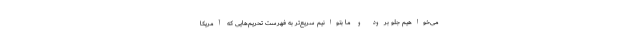
می‌خواهیم جلو برود و ما بتوانیم سریع‌تر به فهرست تحریم‌هایی که آمریکا